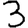
Digit: 3